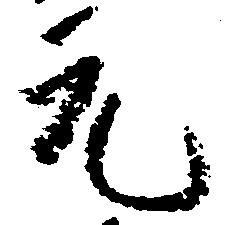
元